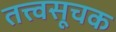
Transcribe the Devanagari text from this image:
तत्त्वसूचक